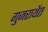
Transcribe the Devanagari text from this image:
गुजराथेंत